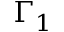
\Gamma _ { 1 }